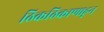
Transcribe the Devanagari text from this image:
ठिकठिकाणाहून